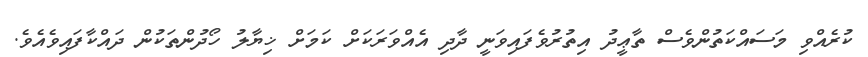
ކުރެއްވި މަސައްކަތުންވެސް ތާޢީދު އިތުރުވެފައިވަނީ ދާދި އެއްވަރަކަށް ކަމަށް ޚިޔާލު ހޯދުންތަކުން ދައްކާފައިވެއެވެ.